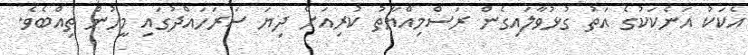
އެކަކު އަނެކަކުގެ އަތު ގުޅުވާލައިގެން ރަސްމިއްޔާތު ކުރިއަށް ދިޔަ ސަރަހައްދުގައި މީހުން ތިއްބެވެ.